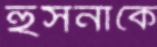
হুসনাকে